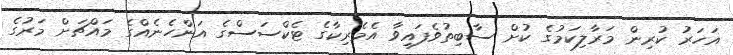
އަހަރު ކުރިން މަރާލިކަމުގެ ކުށް ސާބިތުވެފައިވާ އެމެރިކާގެ ޓެކްސަސްގެ އަންހެނެއްގެ މައްޗަށް މަރުގެ